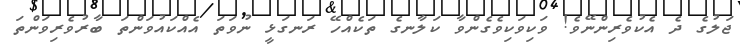
ޖަލުގެ ދެ އެކުވެރިންނޭވެ! ވަކިވަކިވެގެންވާ ކަލާނގެ ތަކެއްހޭ ރަނގަޅީ ނުވަތަ އެއްކައުވަންތަ ބާރުވެރިވަންތަ